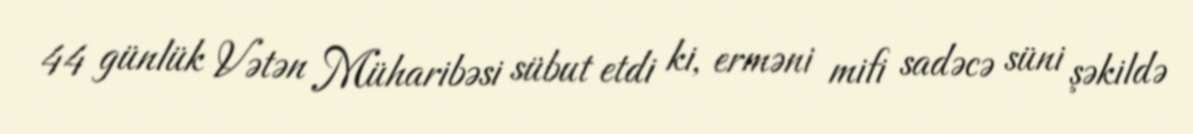
44 günlük Vətən Müharibəsi sübut etdi ki, erməni mifi sadəcə süni şəkildə